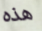
هذه